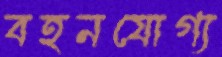
বহনযোগ্য